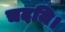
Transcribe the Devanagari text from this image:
चदयि।